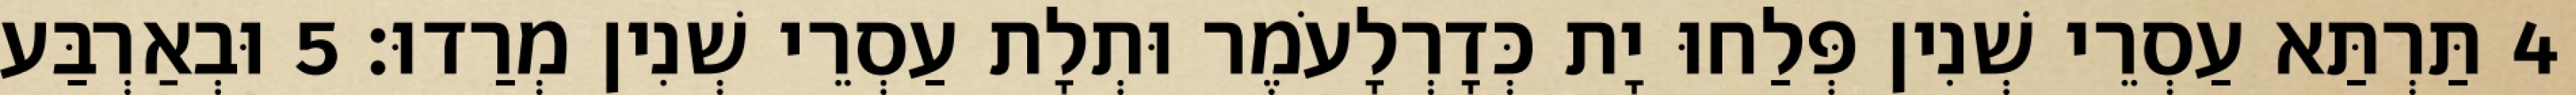
4 תַּרְתַּא עַסְרֵי שְׁנִין פְּלַחוּ יָת כְּדָרְלָעֹמֶר וּתְלָת עַסְרֵי שְׁנִין מְרַדוּ׃ 5 וּבְאַרְבַּע